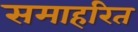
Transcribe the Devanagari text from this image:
समाहरित